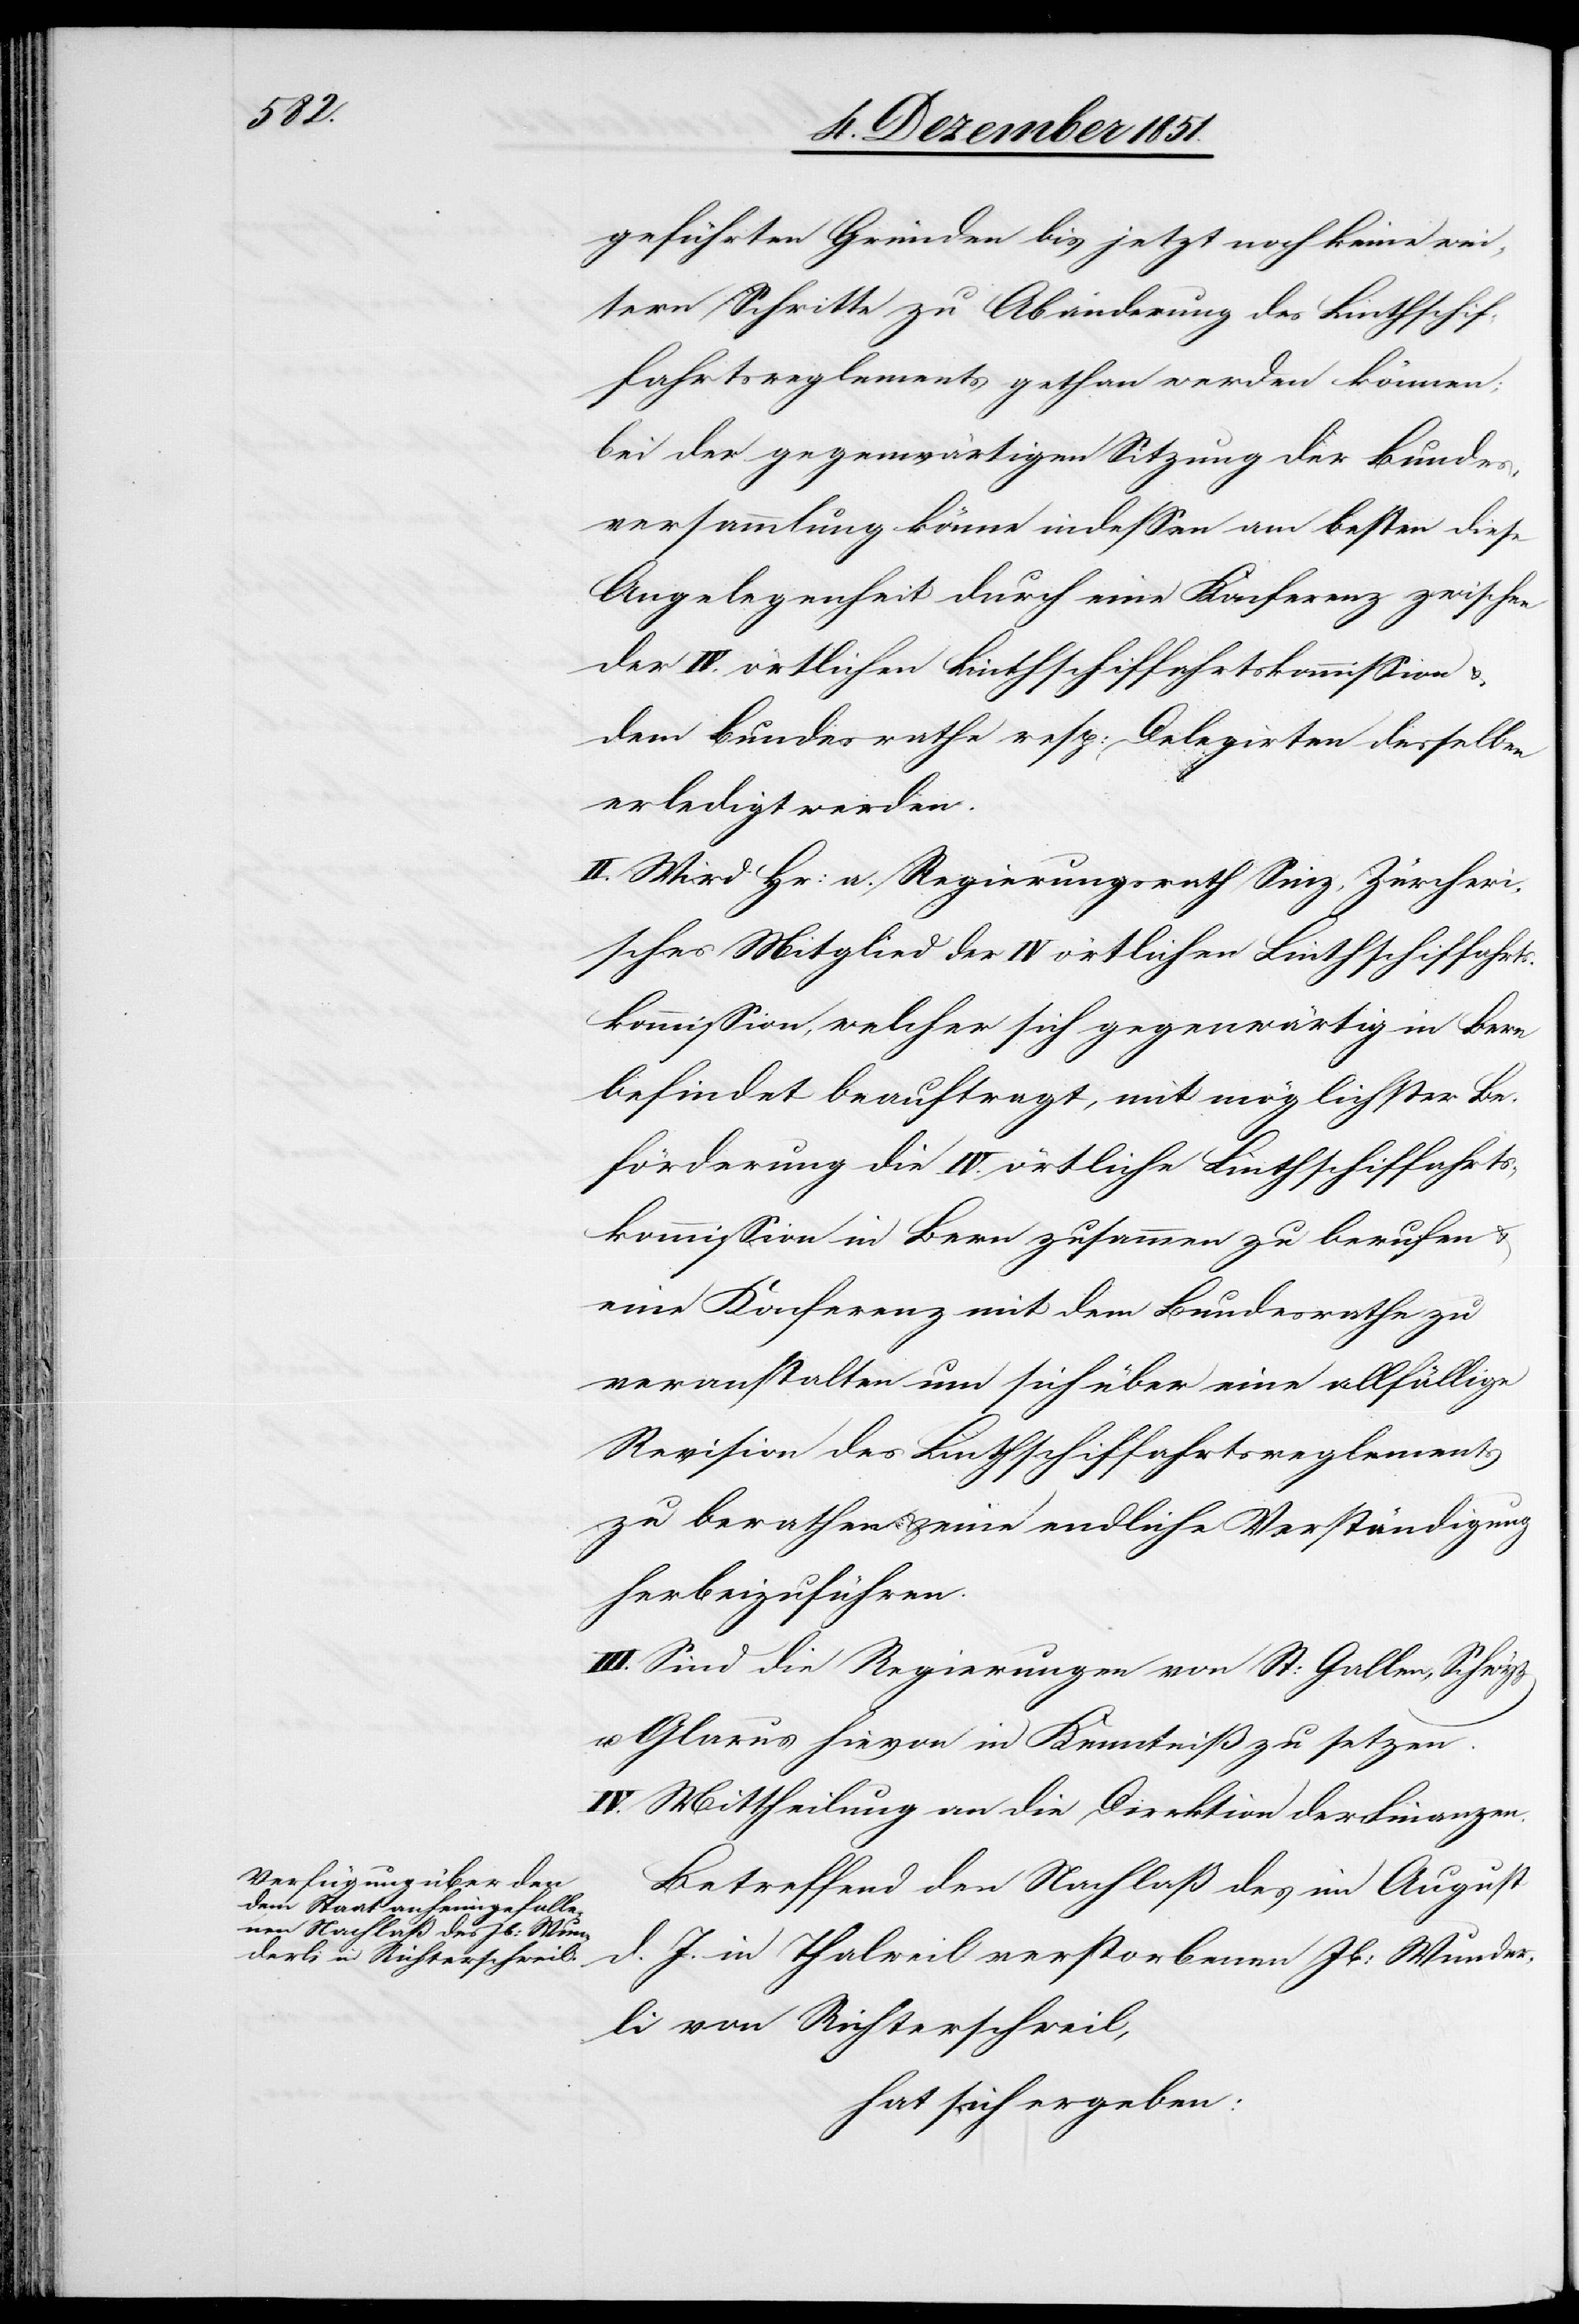
Zürcheri¬

geführten Gründen bis jetzt noch keine wei¬
tern Schritte zu Abänderung des Linthschif¬
fahrtsreglements gethan werden können;
bei der gegenwärtigen Sitzung der Bundes¬
versammlung könne indessen am besten diese
Angelegenheit durch eine Konferenz zwischen
der IV. örtlichen Linthschiffahrtskommission &
dem Bundesrathe resp: Delegirten desselben
erledigt werden.
II. Wird Hr: a. Regierungsrath Sinz [sic!],
sches Mitglied der IV örtlichen Linthschiffahrts¬
kommission, welcher sich gegenwärtig in Bern
befindet beauftragt, mit möglichster Be¬
förderung die IV. örtliche Linthschiffahrts¬
kommission in Bern zusammen zu berufen &
eine Konferenz mit dem Bundesrathe zu
veranstalten um sich über eine allfällige
Revision des Linthschiffahrtsreglements
zu berathen & eine endliche Verständigung
herbeizuführen.
III. Sind die Regierungen von St: Gallen, Schwyz
u. Glarus hievon in Kenntniß zu setzen.
IV. Mittheilung an die Direktion der Finanzen.
Betreffend den Nachlaß des im August
d. J. in Thalweil verstorbenen Jb: Wunder¬
li von Richterschweil,
hat sich ergeben: